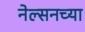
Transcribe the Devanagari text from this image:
नेल्सनच्या